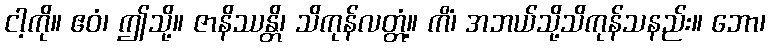
ငါ့ကို။ ဧဝံ၊ ဤသို့။ ဇာနိဿန္တိ၊ သိကုန်လတ္တံ့။ ကိံ၊ အဘယ်သို့သိကုန်သနည်း။ ဘော၊